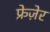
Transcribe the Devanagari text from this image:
फ्रेज़ेर